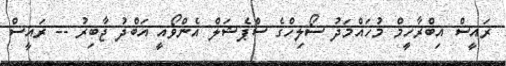
ރައީސް އިބްރާހީމް މުހައްމަދު ސޯލިހްގެ ސްޕެޝަލް އެންވޯއީ އަބްދު ޖާބިރު -- ރައީސް